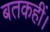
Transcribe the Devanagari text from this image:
बतकहीं।